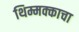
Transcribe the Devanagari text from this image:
थिम्मक्काचा